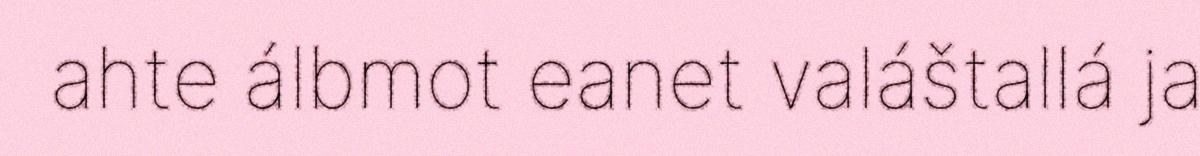
ahte álbmot eanet valáštallá ja